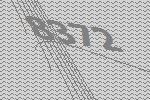
8372